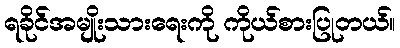
ရခိုင်အမျိုးသားရေးကို ကိုယ်စားပြုတယ်။